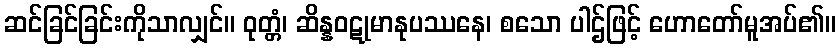
ဆင်ခြင်ခြင်းကိုသာလျှင်။ ဝုတ္တံ၊ ဆိန္နဝဋုမာနုပဿနေ၊ စသော ပါဌ်ဖြင့် ဟောတော်မူအပ်၏။